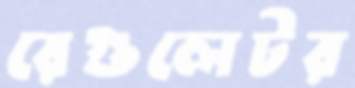
রেগুলেটর